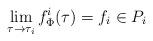
LaTeX: \begin{align*}\lim_{\tau\to \tau_{i}} f^{i}_{\Phi}(\tau) = f_{i}\in P_{i}\end{align*}